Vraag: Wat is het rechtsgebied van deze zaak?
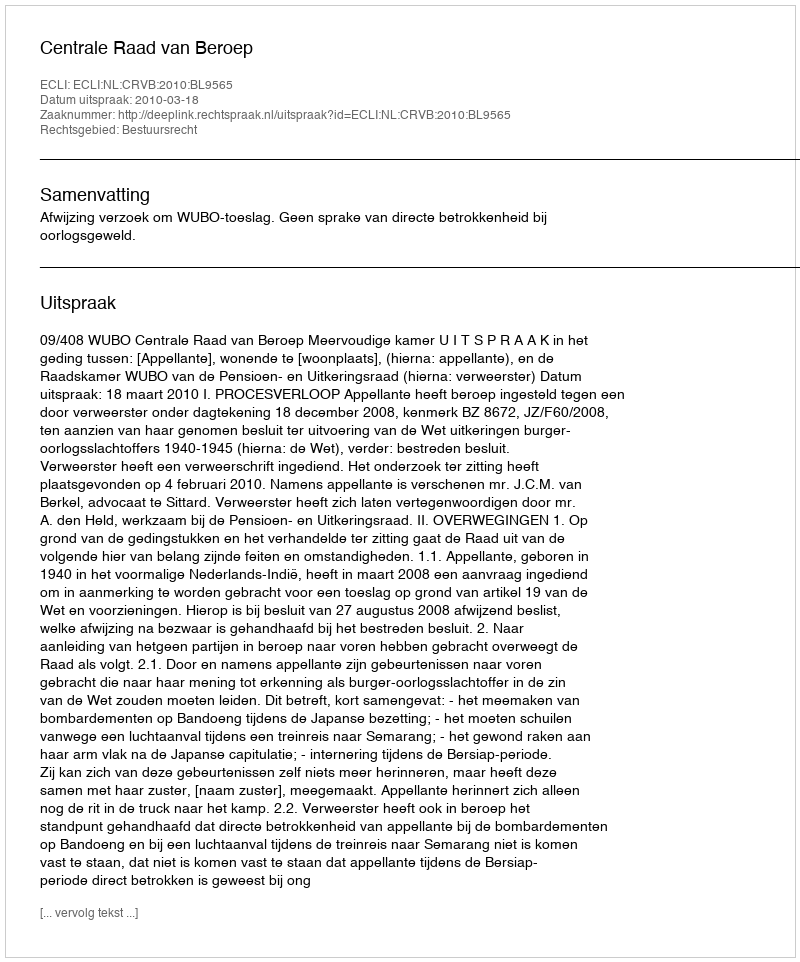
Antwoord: Bestuursrecht